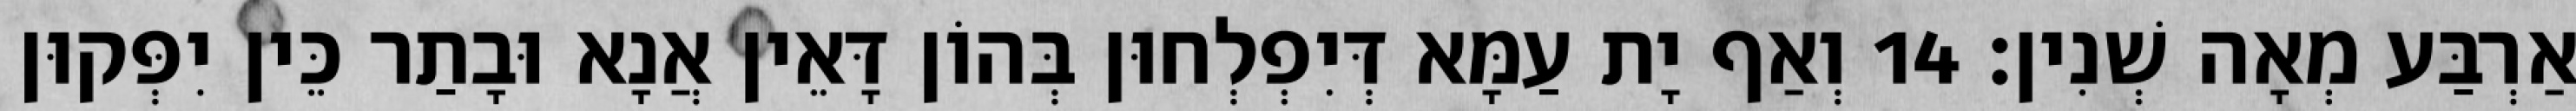
אַרְבַּע מְאָה שְׁנִין׃ 14 וְאַף יָת עַמָּא דְּיִפְלְחוּן בְּהוֹן דָּאֵין אֲנָא וּבָתַר כֵּין יִפְּקוּן